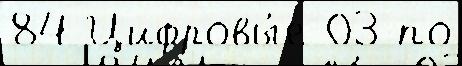
84 Цифровы́е 03 по